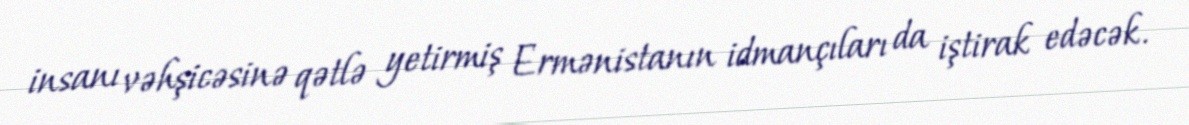
insanı vəhşicəsinə qətlə yetirmiş Ermənistanın idmançıları da iştirak edəcək.